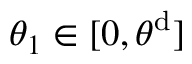
\theta _ { 1 } \in [ 0 , \theta ^ { \mathrm { d } } ]